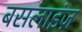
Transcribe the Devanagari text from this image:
बसलाइंज़